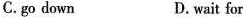
C.go down D.wait for